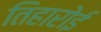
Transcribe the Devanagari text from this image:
तिहारोई